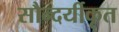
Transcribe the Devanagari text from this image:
सौन्दर्यीकृत